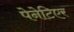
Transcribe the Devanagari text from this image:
पेनेटिएर